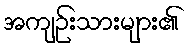
အကျဉ်းသားများ၏